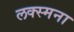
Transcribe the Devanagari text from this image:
लक्स्मना